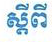
ស្តីពី